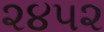
૨૪૫૨